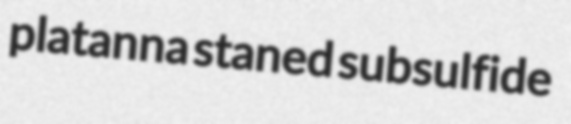
platanna staned subsulfide